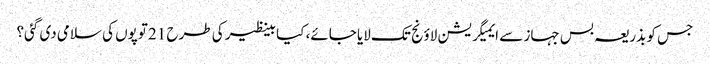
جس کو بذریعہ بس جہاز سے ایمیگریشن لاؤنج تک لایا جائے، کیا بینظیر کی طرح 21 توپوں کی سلامی دی گئی؟